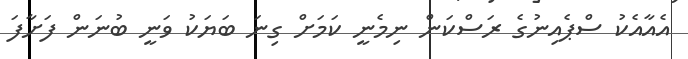
އެއާއެކު ސްޕެއިނުގެ ރަސްކަން ނިމެނީ ކަމަށް ގިނަ ބަޔަކު ވަނީ ބުނަން ފަށާފަ